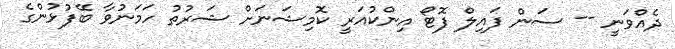
ދެއްވަނީ -- ސަން ފައިލް ފޮޓޯ އިންކުއަރީ ކޮމިޝަނަށް ޝަރުތު ހަމަނުވާ ބޭފުޅުންގެ